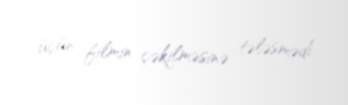
üçün filmin çəkilməsinə tələsmədi.